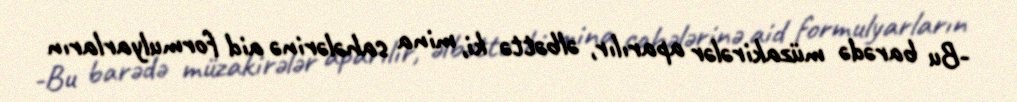
-Bu barədə müzakirələr aparılır, əlbəttə ki, mina sahələrinə aid formulyarların